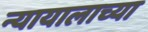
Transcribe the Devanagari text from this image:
न्यायालाच्या